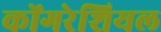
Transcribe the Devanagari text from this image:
कोंगरेशियल